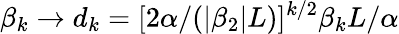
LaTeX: \beta_{k}\rightarrow d_{k}=[2\alpha/(|\beta_{2}|L)]^{k/2}\beta_{k}L/\alpha